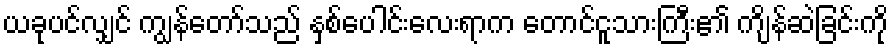
ယခုပင်လျှင် ကျွန်တော်သည် နှစ်ပေါင်းလေးရာက တောင်ငူသားကြီး၏ ကျိန်ဆဲခြင်းကို